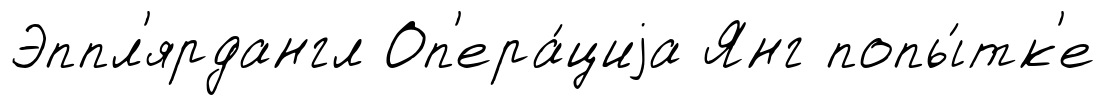
Эппл'ярдангл Оп'ера́циjа Янг попы́тк'е